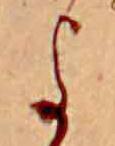
よ